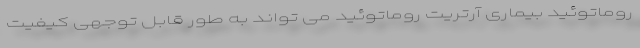
روماتوئید بیماری آرتریت روماتوئید می تواند به طور قابل توجهی کیفیت